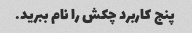
پنج کاربرد چکش را نام ببرید.